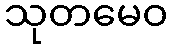
သုတမေဝ